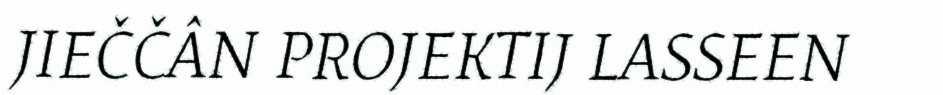
JIEČČÂN PROJEKTIJ LASSEEN